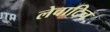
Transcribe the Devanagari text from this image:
लेवाटिच